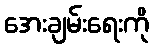
အေးချမ်းရေးကို